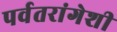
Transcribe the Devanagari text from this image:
पर्वतरांगेशी